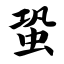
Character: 蛩